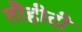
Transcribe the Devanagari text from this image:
तौहीदी